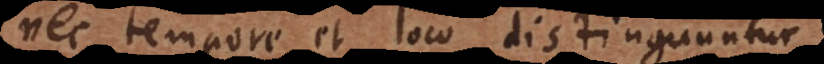
nec tempore et loco distinguuntur.